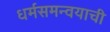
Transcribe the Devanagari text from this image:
धर्मसमन्वयाची